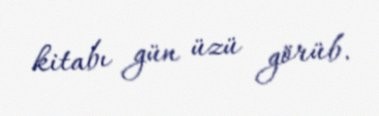
kitabı gün üzü görüb.